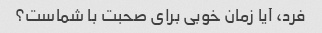
فرد، آیا زمان خوبی برای صحبت با شماست؟